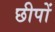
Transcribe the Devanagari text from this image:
छीपों